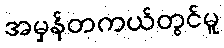
အမှန်တကယ်တွင်မူ